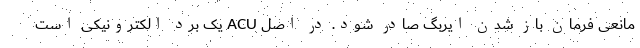
مانعی فرمان باز شدن ایربگ صادر شود. در اصل ACU یک برد الکترونیکی است